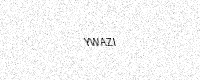
Text: YWAZI